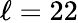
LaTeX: \ell=22